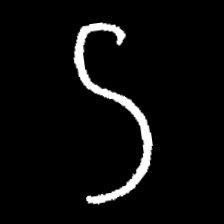
Pyu character \u2014 Myanmar letter: ဌ (romanized: ttha)